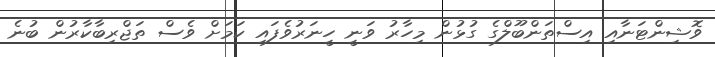
ވޮޝިންޓަނާއި އިސްތަންބޫލްގެ ގުޅުން މިހާރު ވަނީ ހީނަރުވެފައި ކަމަށް ވެސް ތަޖްރިބާކާރުން ބުނެ